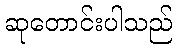
ဆုတောင်းပါသည်